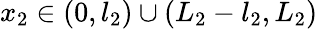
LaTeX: x_{2}\in(0,l_{2})\cup(L_{2}-l_{2},L_{2})